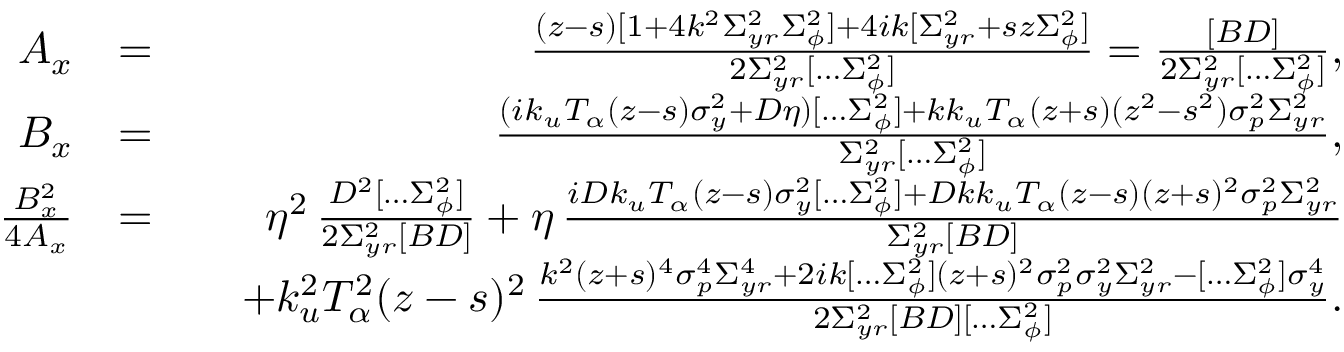
\begin{array} { r l r } { A _ { x } } & { = } & { \frac { ( z - s ) [ 1 + 4 k ^ { 2 } \Sigma _ { y r } ^ { 2 } \Sigma _ { \phi } ^ { 2 } ] + 4 i k [ \Sigma _ { y r } ^ { 2 } + s z \Sigma _ { \phi } ^ { 2 } ] } { 2 \Sigma _ { y r } ^ { 2 } [ \hdots \Sigma _ { \phi } ^ { 2 } ] } = \frac { [ B D ] } { 2 \Sigma _ { y r } ^ { 2 } [ \hdots \Sigma _ { \phi } ^ { 2 } ] } , } \\ { B _ { x } } & { = } & { \frac { ( i k _ { u } T _ { \alpha } ( z - s ) \sigma _ { y } ^ { 2 } + D \eta ) [ \hdots \Sigma _ { \phi } ^ { 2 } ] + k k _ { u } T _ { \alpha } ( z + s ) ( z ^ { 2 } - s ^ { 2 } ) \sigma _ { p } ^ { 2 } \Sigma _ { y r } ^ { 2 } } { \Sigma _ { y r } ^ { 2 } [ \hdots \Sigma _ { \phi } ^ { 2 } ] } , } \\ { \frac { B _ { x } ^ { 2 } } { 4 A _ { x } } } & { = } & { \eta ^ { 2 } \, \frac { D ^ { 2 } [ \hdots \Sigma _ { \phi } ^ { 2 } ] } { 2 \Sigma _ { y r } ^ { 2 } [ B D ] } + \eta \, \frac { i D k _ { u } T _ { \alpha } ( z - s ) \sigma _ { y } ^ { 2 } [ \hdots \Sigma _ { \phi } ^ { 2 } ] + D k k _ { u } T _ { \alpha } ( z - s ) ( z + s ) ^ { 2 } \sigma _ { p } ^ { 2 } \Sigma _ { y r } ^ { 2 } } { \Sigma _ { y r } ^ { 2 } [ B D ] } } \\ & { } & { \quad + k _ { u } ^ { 2 } T _ { \alpha } ^ { 2 } ( z - s ) ^ { 2 } \, \frac { k ^ { 2 } ( z + s ) ^ { 4 } \sigma _ { p } ^ { 4 } \Sigma _ { y r } ^ { 4 } + 2 i k [ \hdots \Sigma _ { \phi } ^ { 2 } ] ( z + s ) ^ { 2 } \sigma _ { p } ^ { 2 } \sigma _ { y } ^ { 2 } \Sigma _ { y r } ^ { 2 } - [ \hdots \Sigma _ { \phi } ^ { 2 } ] \sigma _ { y } ^ { 4 } } { 2 \Sigma _ { y r } ^ { 2 } [ B D ] [ \hdots \Sigma _ { \phi } ^ { 2 } ] } . } \end{array}